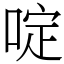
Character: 啶